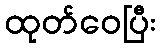
ထုတ်ဝေပြီး